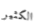
الكثير